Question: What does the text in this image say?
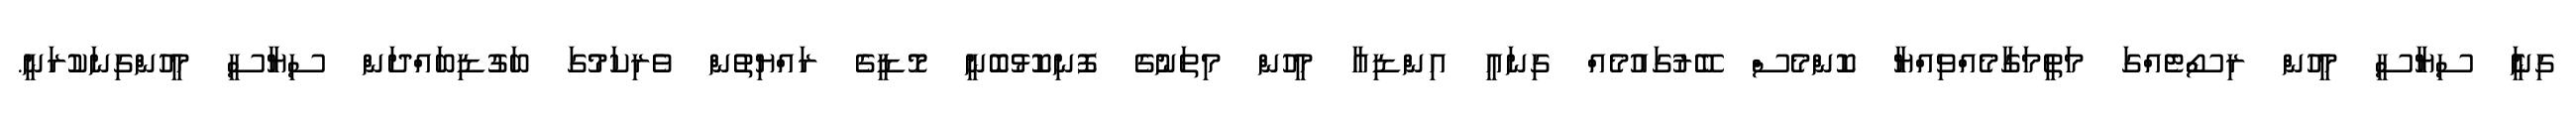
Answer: ގިނަެީ ސިޔާސީ މީހުން ރިސޯޓެއްގަ މަތީމަގާމެއްވިއްޔާ ކޮންމެސް ބޭރުގައުމެއް ގިނައީ އިންޑިއާ މީހުން މިތަނުގެ ފޮނިކޮޅުބޮނީ މޮޑީގެ ރައްޔިތުން ވެރިކަމުގަ ބަގުޑިބައްދަން ސިޔާސީ މީހުންގިނަކުރަނީ.